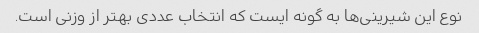
نوع این شیرینی‌ها به گونه ایست که انتخاب عددی بهتر از وزنی است.